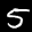
Label: 5